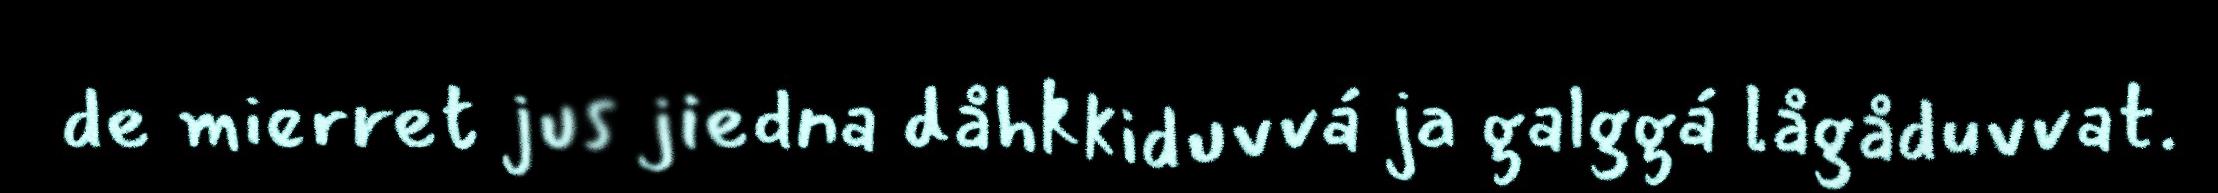
de mierret jus jiedna dåhkkiduvvá ja galggá lågåduvvat.